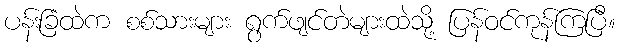
ပန်းခြံထဲက စစ်သားများ ရွက်ဖျင်တဲများထဲသို့ ပြန်ဝင်ကုန်ကြပြီ။